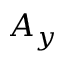
A _ { y }